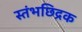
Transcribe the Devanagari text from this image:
स्तंभछिद्रक